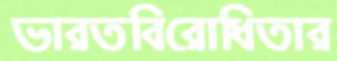
ভারতবিরোধিতার